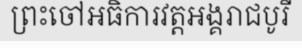
ព្រះចៅអធិការវត្តអង្គរាជបូរី